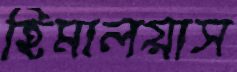
হিমালয়াস